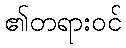
၏တရားဝင်